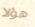
هؤلا